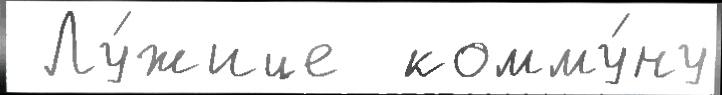
 Лу́жице  комму́ну